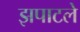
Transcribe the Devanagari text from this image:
झपाटले